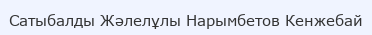
Сатыбалды Жәлелұлы Нарымбетов Кенжебай